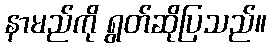
နာမည်ကို ရွတ်ဆိုပြသည်။